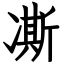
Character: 凘